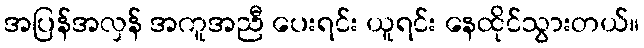
အပြန်အလှန် အကူအညီ ပေးရင်း ယူရင်း နေထိုင်သွားတယ်။